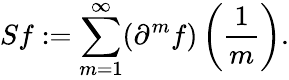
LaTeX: Sf:=\sum_{m=1}^{\infty}(\partial^{m}f)\left({\frac{1}{m}}\right).